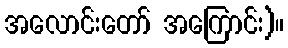
အလောင်းတော် အကြောင်း)။